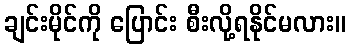
ချင်းမိုင်ကို ပြောင်း စီးလို့ရနိုင်မလား။